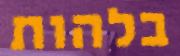
בלהות